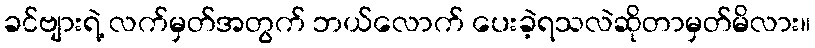
ခင်ဗျားရဲ့ လက်မှတ်အတွက် ဘယ်လောက် ပေးခဲ့ရသလဲဆိုတာမှတ်မိလား။